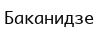
Баканидзе